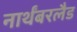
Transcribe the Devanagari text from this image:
नार्थंबरलैड